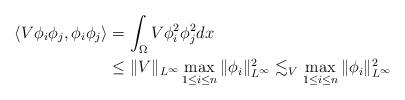
LaTeX: \begin{align*} \left\langle V \phi_i \phi_j, \phi_i \phi_j \right\rangle &= \int_{\Omega}{V \phi_i^2 \phi_j^2 dx} \\&\leq \|V\|_{L^{\infty}} \max_{1 \leq i \leq n}{ \|\phi_i\|^2_{L^{\infty}}} \lesssim_{V} \max_{1 \leq i \leq n}{ \|\phi_i\|^2_{L^{\infty}}} \end{align*}